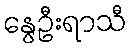
နွေဦးရာသီ